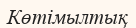
Көтімылтық